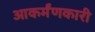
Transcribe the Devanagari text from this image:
आकर्मंणकारी